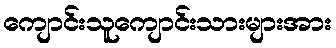
ကျောင်းသူကျောင်းသားများအား